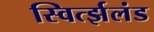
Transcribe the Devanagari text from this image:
स्विर्त्झलंड